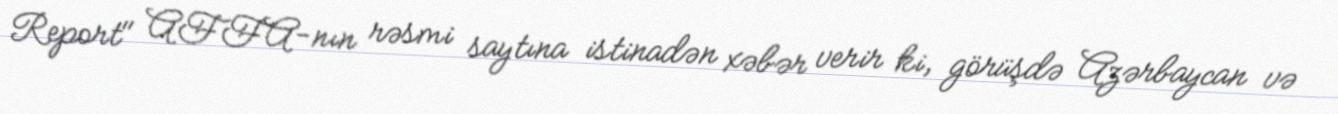
Report" AFFA-nın rəsmi saytına istinadən xəbər verir ki, görüşdə Azərbaycan və